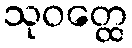
သုဝတ္ထေ